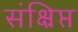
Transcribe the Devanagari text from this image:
संक्ष्रिप्त